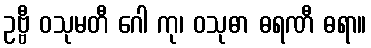
ဥဗ္ဗီ ဝသုမတီ ဂေါ ကု၊ ဝသုဓာ ဓရဏီ ဓရာ။